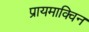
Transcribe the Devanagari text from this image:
प्रायमाक्विन